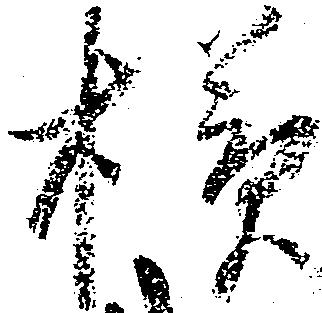
様